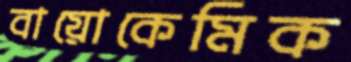
বায়োকেমিক